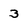
Character: 3